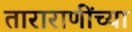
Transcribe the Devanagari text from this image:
ताराराणींच्या